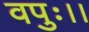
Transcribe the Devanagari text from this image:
वपुः।।